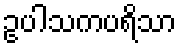
ဥပါသကပရိသာ